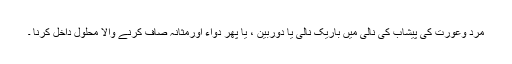
مرد وعورت کی پیشاب کی نالی میں باریک نالی یا دوربین ، یا پھر دواء اورمثانہ صاف کرنے والا محلول داخل کرنا ۔